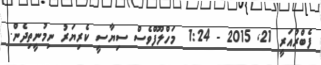
ފެބްރުއަރީ 21